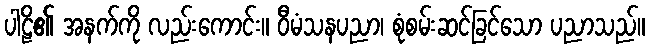
ပါဠိ၏ အနက်ကို လည်းကောင်း။ ဝီမံသနပညာ၊ စုံစမ်းဆင်ခြင်သော ပညာသည်။